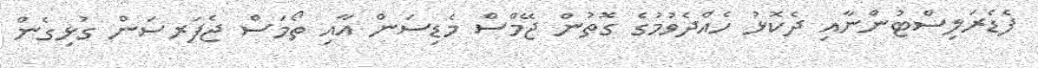
ފެޑެރަލިސްޓުންނާއި ދެކޮޅު ހެއްދެވުމުގެ ގޮތުން ޖޭމްސް މެޑިސަން އާއި ތޯމަސް ޖެފަރސަން ގުޅިގެން